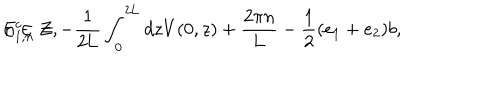
LaTeX: E _ { 1 , n } ^ { c } = - \frac { 1 } { 2 \mathrm { L } } \int _ { 0 } ^ { 2 \mathrm { L } } d z V ( 0 , z ) + \frac { 2 { \pi } n } { \mathrm { L } } - \frac { 1 } { 2 } ( e _ { 1 } + e _ { 2 } ) b , \hspace { 5 m m } n \in \cal Z ,